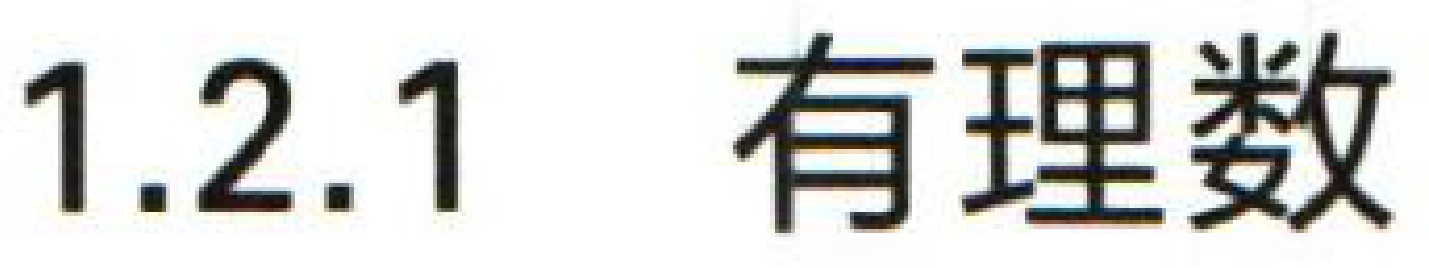
1.2.1 有理数